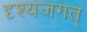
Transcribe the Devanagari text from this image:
दृश्यजगत्‌